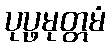
ပုပ္ဖမုတ္တမံ